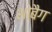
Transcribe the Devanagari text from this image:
शोबैग